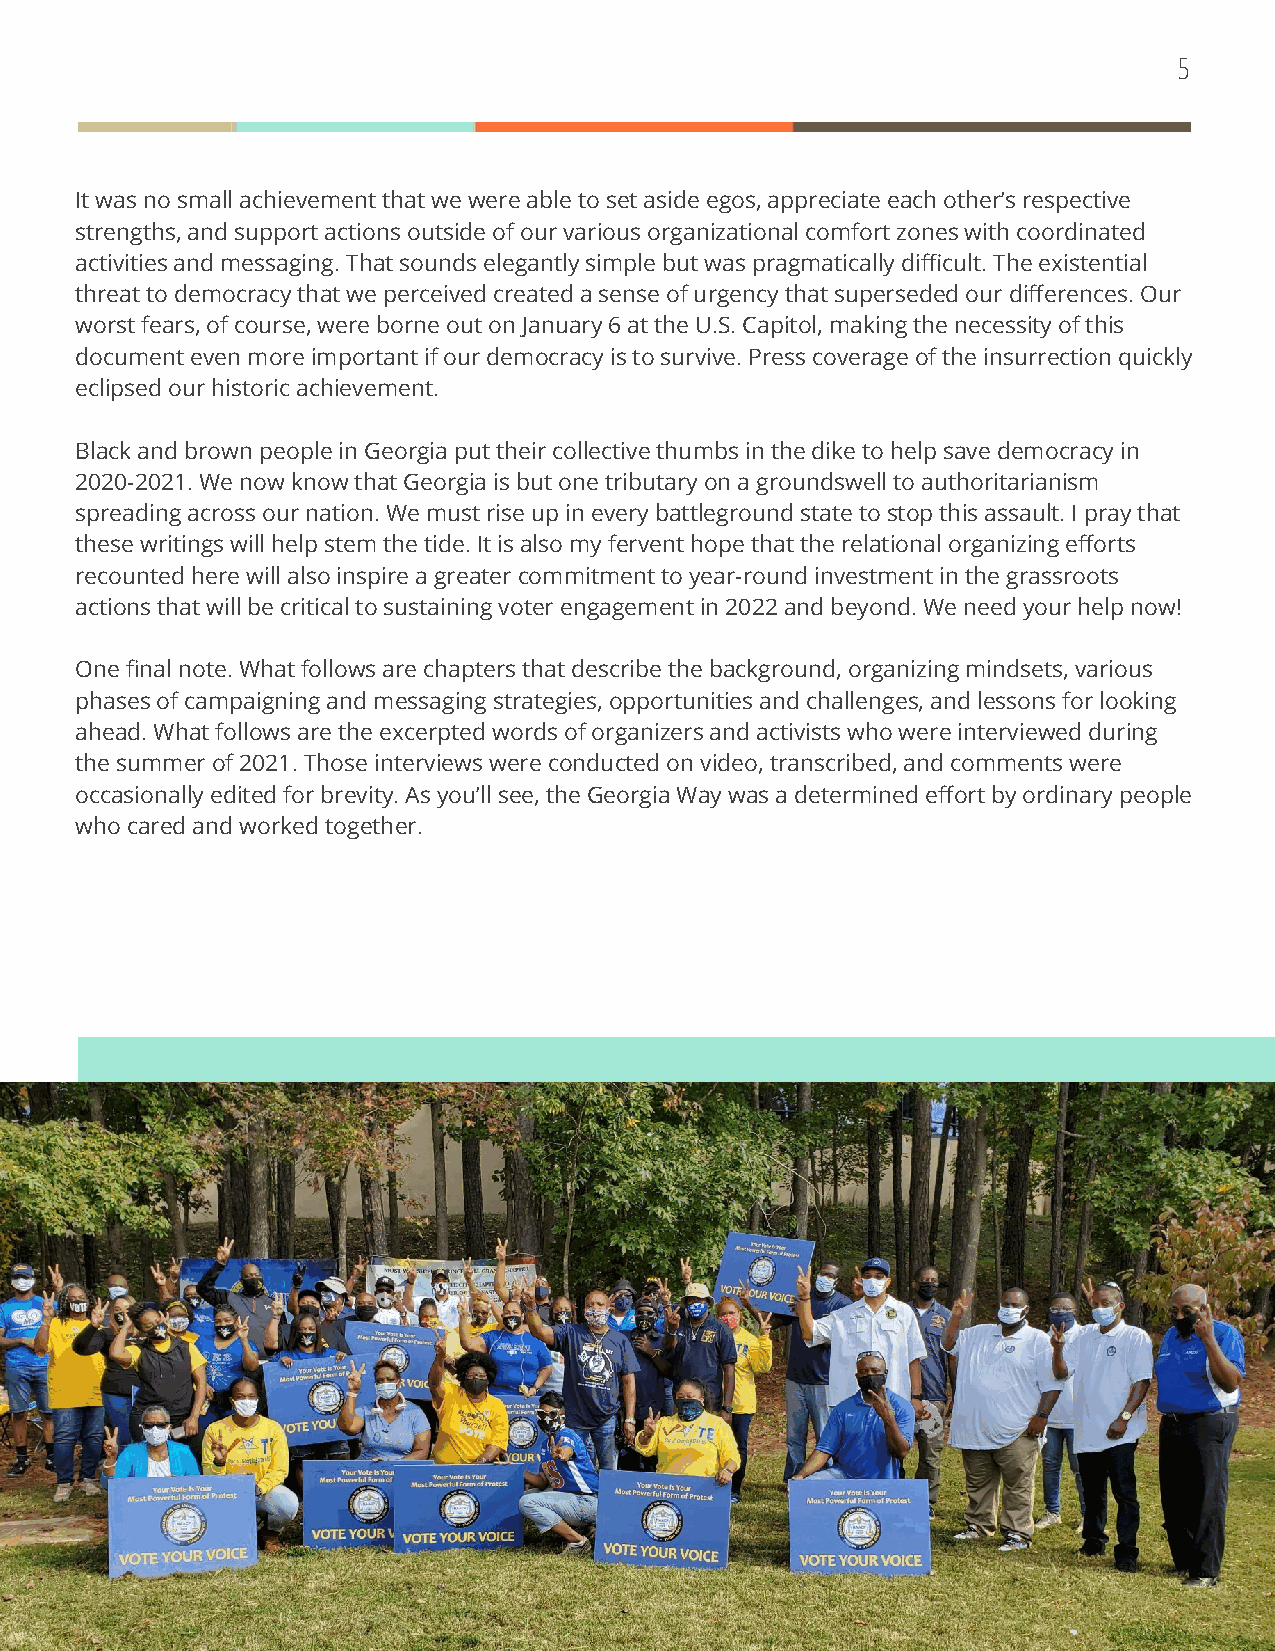
5
 It was no small achievement that we were able to set aside egos, appreciate each other’s respective
 strengths, and support actions outside of our various organizational comfort zones with coordinated
 activities and messaging. That sounds elegantly simple but was pragmatically difficult. The existential
 threat to democracy that we perceived created a sense of urgency that superseded our differences. Our
 worst fears, of course, were borne out on January 6 at the U.S. Capitol, making the necessity of this
 document even more important if our democracy is to survive. Press coverage of the insurrection quickly
 eclipsed our historic achievement.
 Black and brown people in Georgia put their collective thumbs in the dike to help save democracy in
 2020-2021. We now know that Georgia is but one tributary on a groundswell to authoritarianism
 spreading across our nation. We must rise up in every battleground state to stop this assault. I pray that
 these writings will help stem the tide. It is also my fervent hope that the relational organizing efforts
 recounted here will also inspire a greater commitment to year-round investment in the grassroots
 actions that will be critical to sustaining voter engagement in 2022 and beyond. We need your help now!
 One final note. What follows are chapters that describe the background, organizing mindsets, various
 phases of campaigning and messaging strategies, opportunities and challenges, and lessons for looking
 ahead. What follows are the excerpted words of organizers and activists who were interviewed during
 the summer of 2021. Those interviews were conducted on video, transcribed, and comments were
 occasionally edited for brevity. As you’ll see, the Georgia Way was a determined effort by ordinary people
 who cared and worked together.